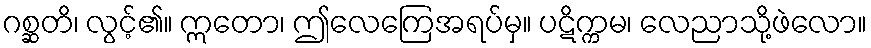
ဂစ္ဆတိ၊ လွင့်၏။ ဣတော၊ ဤလေကြေအရပ်မှ။ ပဋိက္ကမ၊ လေညာသို့ဖဲလော။